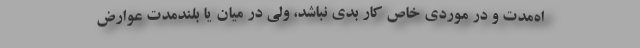
اه‌مدت و در موردی خاص کار بدی نباشد، ولی در میان یا بلندمدت عوارض